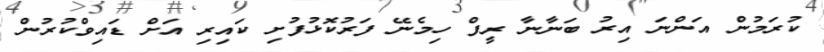
ކުރަމުން އަންނަ އިރު ބަނާނާ ރީފް ހިމެނޭ ފަރުކޮޅުފުށި ކައިރި އަށް ޑައިވްކުރުން